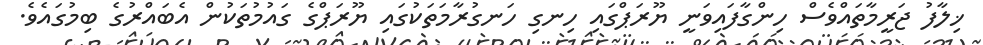
ޚިލާފު ޖަރީމާތައްވެސް ހިންގާފައިވަނީ ޔޫރަޕްގައި ހިނގި ހަނގުރާމަތަކުގައި ޔޫރަޕްގެ ގައުމުތަކުން އެބައްރުގެ ބިމުގައެވެ.